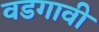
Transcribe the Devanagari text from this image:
वडगावी